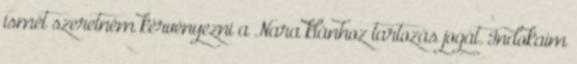
ismét szeretném kérvényezni a Nara klánhoz tartozás jogát. Indokaim